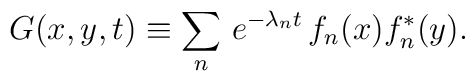
G (x,y,t) \equiv \sum_n \, e^{-\lambda_n t} \, f_n(x) f^*_n(y).